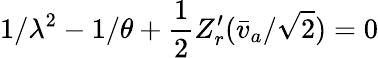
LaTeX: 1/\lambda^{2}-1/\theta+{\frac{1}{2}}Z_{r}^{\prime}(\bar{v}_{a}/\sqrt{2})=0